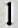
1